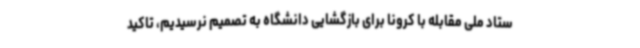
ستاد ملی مقابله با کرونا برای بازگشایی دانشگاه به تصمیم نرسیدیم، تاکید